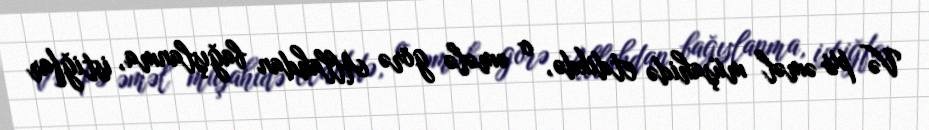
Və pis əməl müşahidə etdikdə, o əmələ görə Allahdan bağışlanma, istiğfar